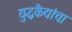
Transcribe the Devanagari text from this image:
युद्धकैद्यांचा